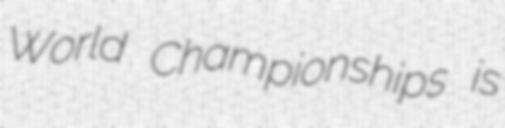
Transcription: World Championships is